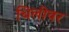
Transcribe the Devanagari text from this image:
चिलीवर